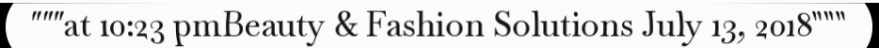
"""at 10:23 pmBeauty & Fashion Solutions July 13, 2018"""